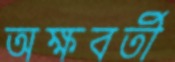
অক্ষবর্তী